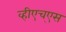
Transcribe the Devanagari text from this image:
व्हीएच्‌एस